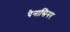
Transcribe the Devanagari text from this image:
पैनासिनर